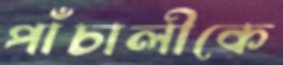
পাঁচালীকে